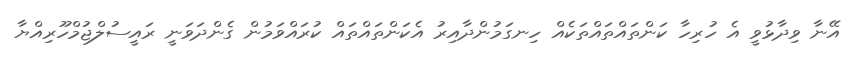
އޭނާ ވިދާޅުވީ އެ ހުރިހާ ކަންތައްތައްތަކެއް ހިނގަމުންދާއިރު އެކަންތައްތައް ކުރައްވަމުން ގެންދަވަނީ ރައީސުލްޖުމްހޫރިއްޔާ